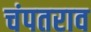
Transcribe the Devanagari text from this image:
चंपतराव